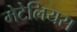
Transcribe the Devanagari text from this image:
मेटेलियस